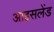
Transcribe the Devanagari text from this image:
आइसलेंड